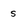
Character: s